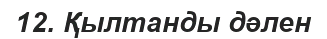
12. Қылтанды дәлен